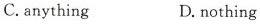
C.anything D.Nothing